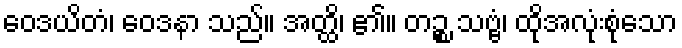
ဝေဒယိတံ၊ ဝေဒနာ သည်။ အတ္ထိ၊ ၏။ တဉ္စ သဗ္ဗံ၊ ထိုအလုံးစုံသော